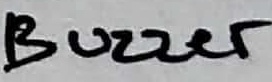
Text: Buzzer